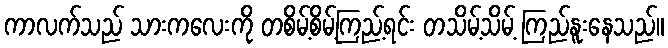
ကာလက်သည် သားကလေးကို တစိမ့်စိမ့်ကြည့်ရင်း တသိမ့်သိမ့် ကြည်နူးနေသည်။